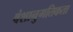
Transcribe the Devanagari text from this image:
वंशानुगतिकता